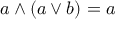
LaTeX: a \wedge ( a \vee b ) = a